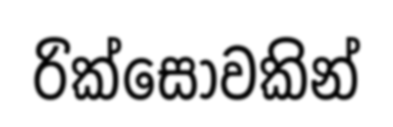
රික්සෝවකින්